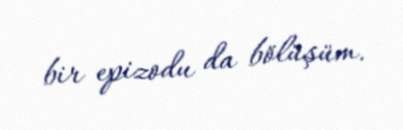
bir epizodu da bölüşüm.